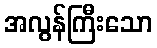
အလွန်ကြီးသော